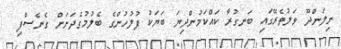
ނިލަންދޫ ވަލުތެރޭގައި ބަނގުރާ ކައްކަމުންދިޔަ ބަޔަކު ފުލުހުންގެ ބެލުމުގެދަށަށް ގެނެސްފި